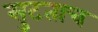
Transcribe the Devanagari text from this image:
सुटताच